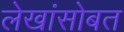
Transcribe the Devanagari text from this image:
लेखांसोबत